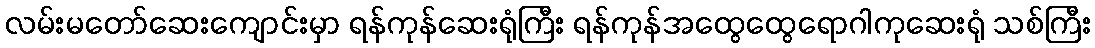
လမ်းမတော်ဆေးကျောင်းမှာ ရန်ကုန်ဆေးရုံကြီး ရန်ကုန်အထွေထွေရောဂါကုဆေးရုံ သစ်ကြီး